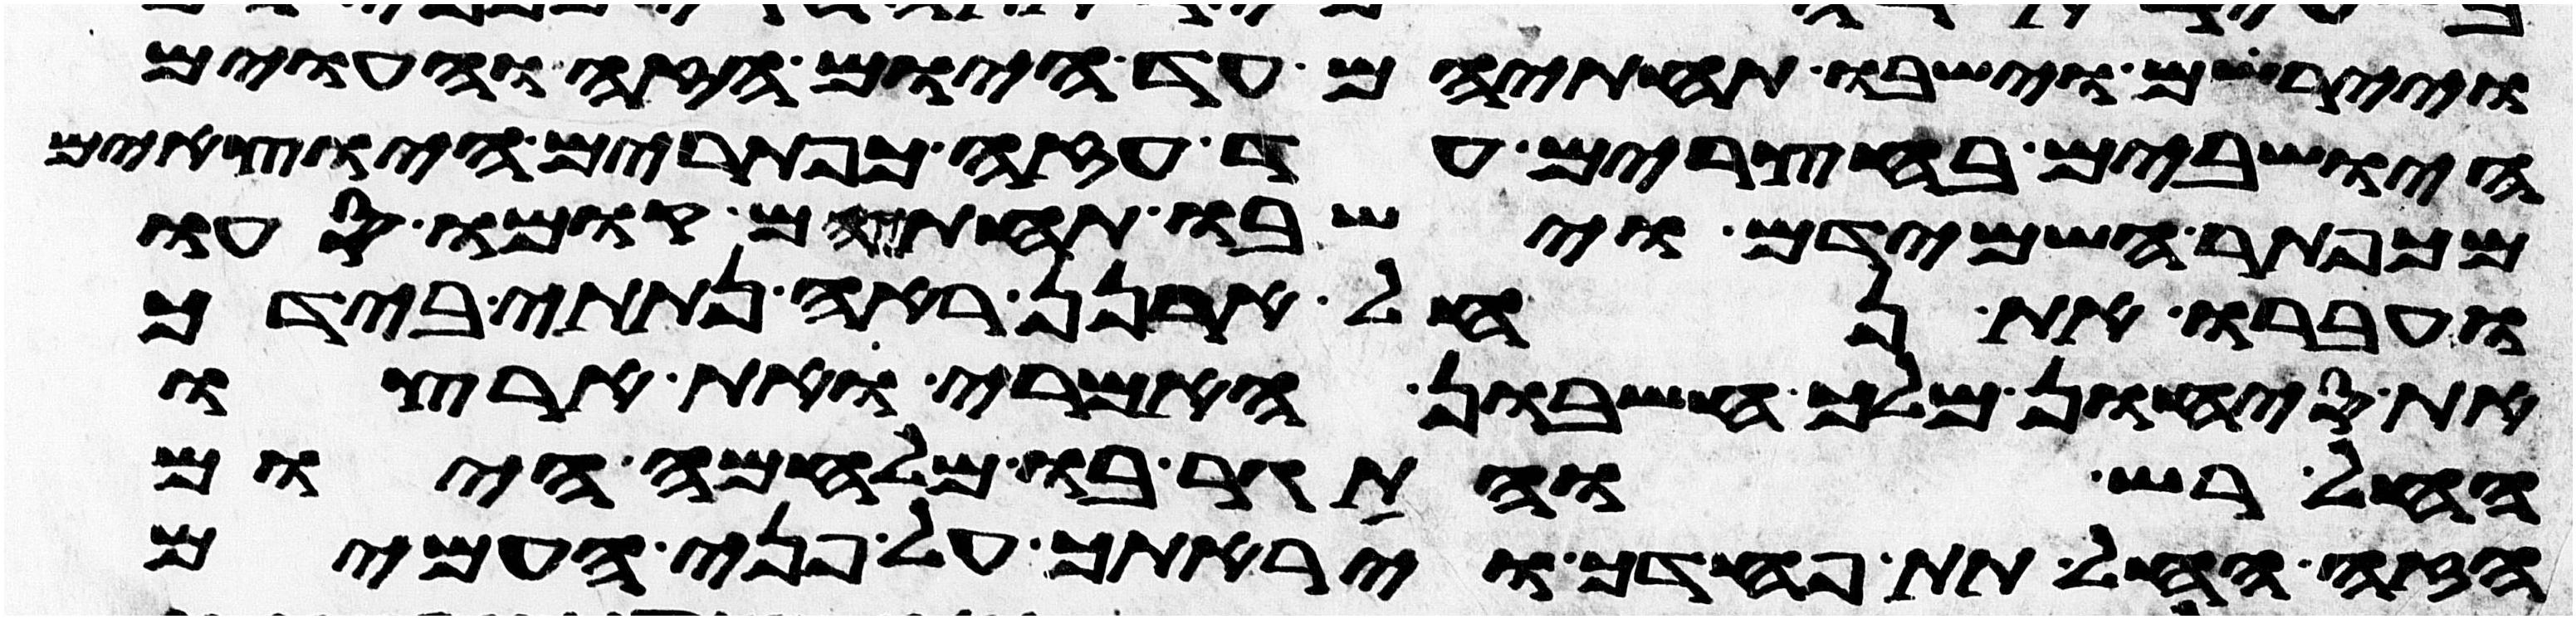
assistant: ויירשום וישבו תחתיהם עד היום הזה והעוים
הישבים בחצרים עד עזה כפתרים היוצאים
מכפתר השמידם וישבו תחתם קומו סעו
ועברו את נחל ארנן ראה נתתי בידך
את סיחון מלך חשבון האמרי ואת ארצו
החל רש והתגר בו מלחמה היום
הזה החל תת פחדך ויראתך על פני העמים